Indian journal of veterinary science and animal husbandry - Volumes 26-27, 1956-1957
Year: 1956
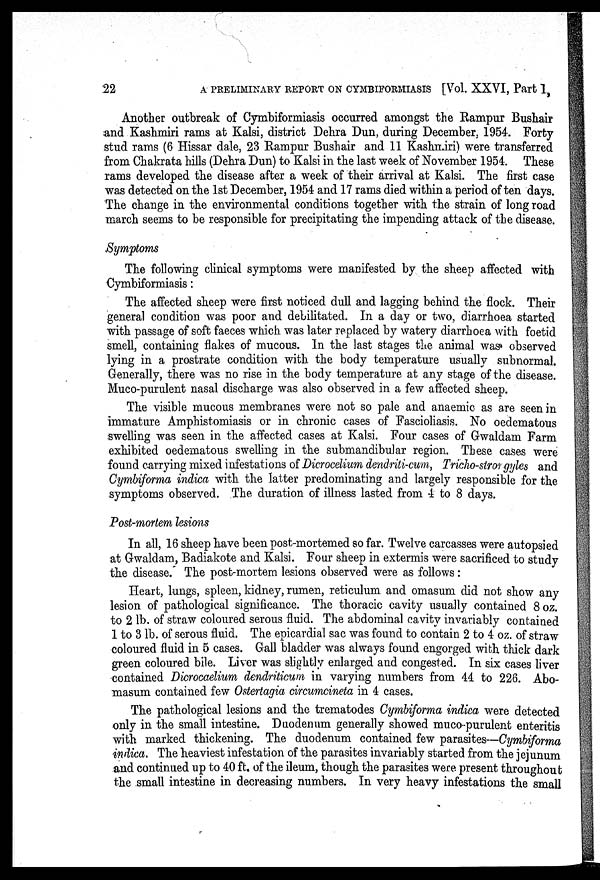
22
A PRELIMINARY REPORT ON CYMBIFORMIASIS [Vol. XXVI, Part I,
Another outbreak of Cymbiformiasis occurred amongst the Rampur Bushair
and Kashmiri rams at Kalsi, district Dehra Dun, during December, 1954. Forty
stud rams (6 Hissar dale, 23 Rampur Bushair and 11 Kashmiri) were transferred
from Chakrata hills (Dehra Dun) to Kalsi in the last week of November 1954. These
rams developed the disease after a week of their arrival at Kalsi. The first case
was detected on the 1st December, 1954 and 17 rams died within a period of ten days.
The change in the environmental conditions together with the strain of long road
march seems to be responsible for precipitating the impending attack of the disease.
Symptoms
The following clinical symptoms were manifested by the sheep affected with
Cymbiformiasis :
The affected sheep were first noticed dull and lagging behind the flock. Their
general condition was poor and debilitated. In a day or two, diarrhoea started
with passage of soft faeces which was later replaced by watery diarrhoea with foetid
smell, containing flakes of mucous. In the last stages the animal was observed
lying in a prostrate condition with the body temperature usually subnormal.
Generally, there was no rise in the body temperature at any stage of the disease.
Muco-purulent nasal discharge was also observed in a few affected sheep.
The visible mucous membranes were not so pale and anaemic as are seen in
immature Amphistomiasis or in chronic cases of Fascioliasis. No oedematous
swelling was seen in the affected cases at Kalsi. Four cases of Gwaldam Farm
exhibited oedematous swelling in the submandibular region. These cases were
found carrying mixed infestations of Dicrocelium dendriti-cum, Tricho-strongyles and
Cymbiforma indica with the latter predominating and largely responsible for the
symptoms observed. The duration of illness lasted from 4 to 8 days.
Post-mortem lesions
In all, 16 sheep have been post-mortemed so far. Twelve carcasses were autopsied
at Gwaldam, Badiakote and Kalsi. Four sheep in extermis were sacrificed to study
the disease. The post-mortem lesions observed were as follows :
Heart, lungs, spleen, kidney, rumen, reticulum and omasum did not show any
lesion of pathological significance. The thoracic cavity usually contained 8 oz.
to 2 lb. of straw coloured serous fluid. The abdominal cavity invariably contained
1 to 3 lb. of serous fluid. The epicardial sac was found to contain 2 to 4 oz. of straw
coloured fluid in 5 cases. Gall bladder was always found engorged with thick dark
green coloured bile. Liver was slightly enlarged and congested. In six cases liver
contained Dicrocaelium dendriticum in varying numbers from 44 to 226. Abo-
masum contained few Ostertagia circumcineta in 4 cases.
The pathological lesions and the trematodes Cymbiforma indica were detected
only in the small intestine. Duodenum generally showed muco-purulent enteritis
with marked thickening. The duodenum contained few parasites—Cymbiforma
indica. The heaviest infestation of the parasites invariably started from the jejunum
and continued up to 40 ft. of the ileum, though the parasites were present throughout
the small intestine in decreasing numbers. In very heavy infestations the small